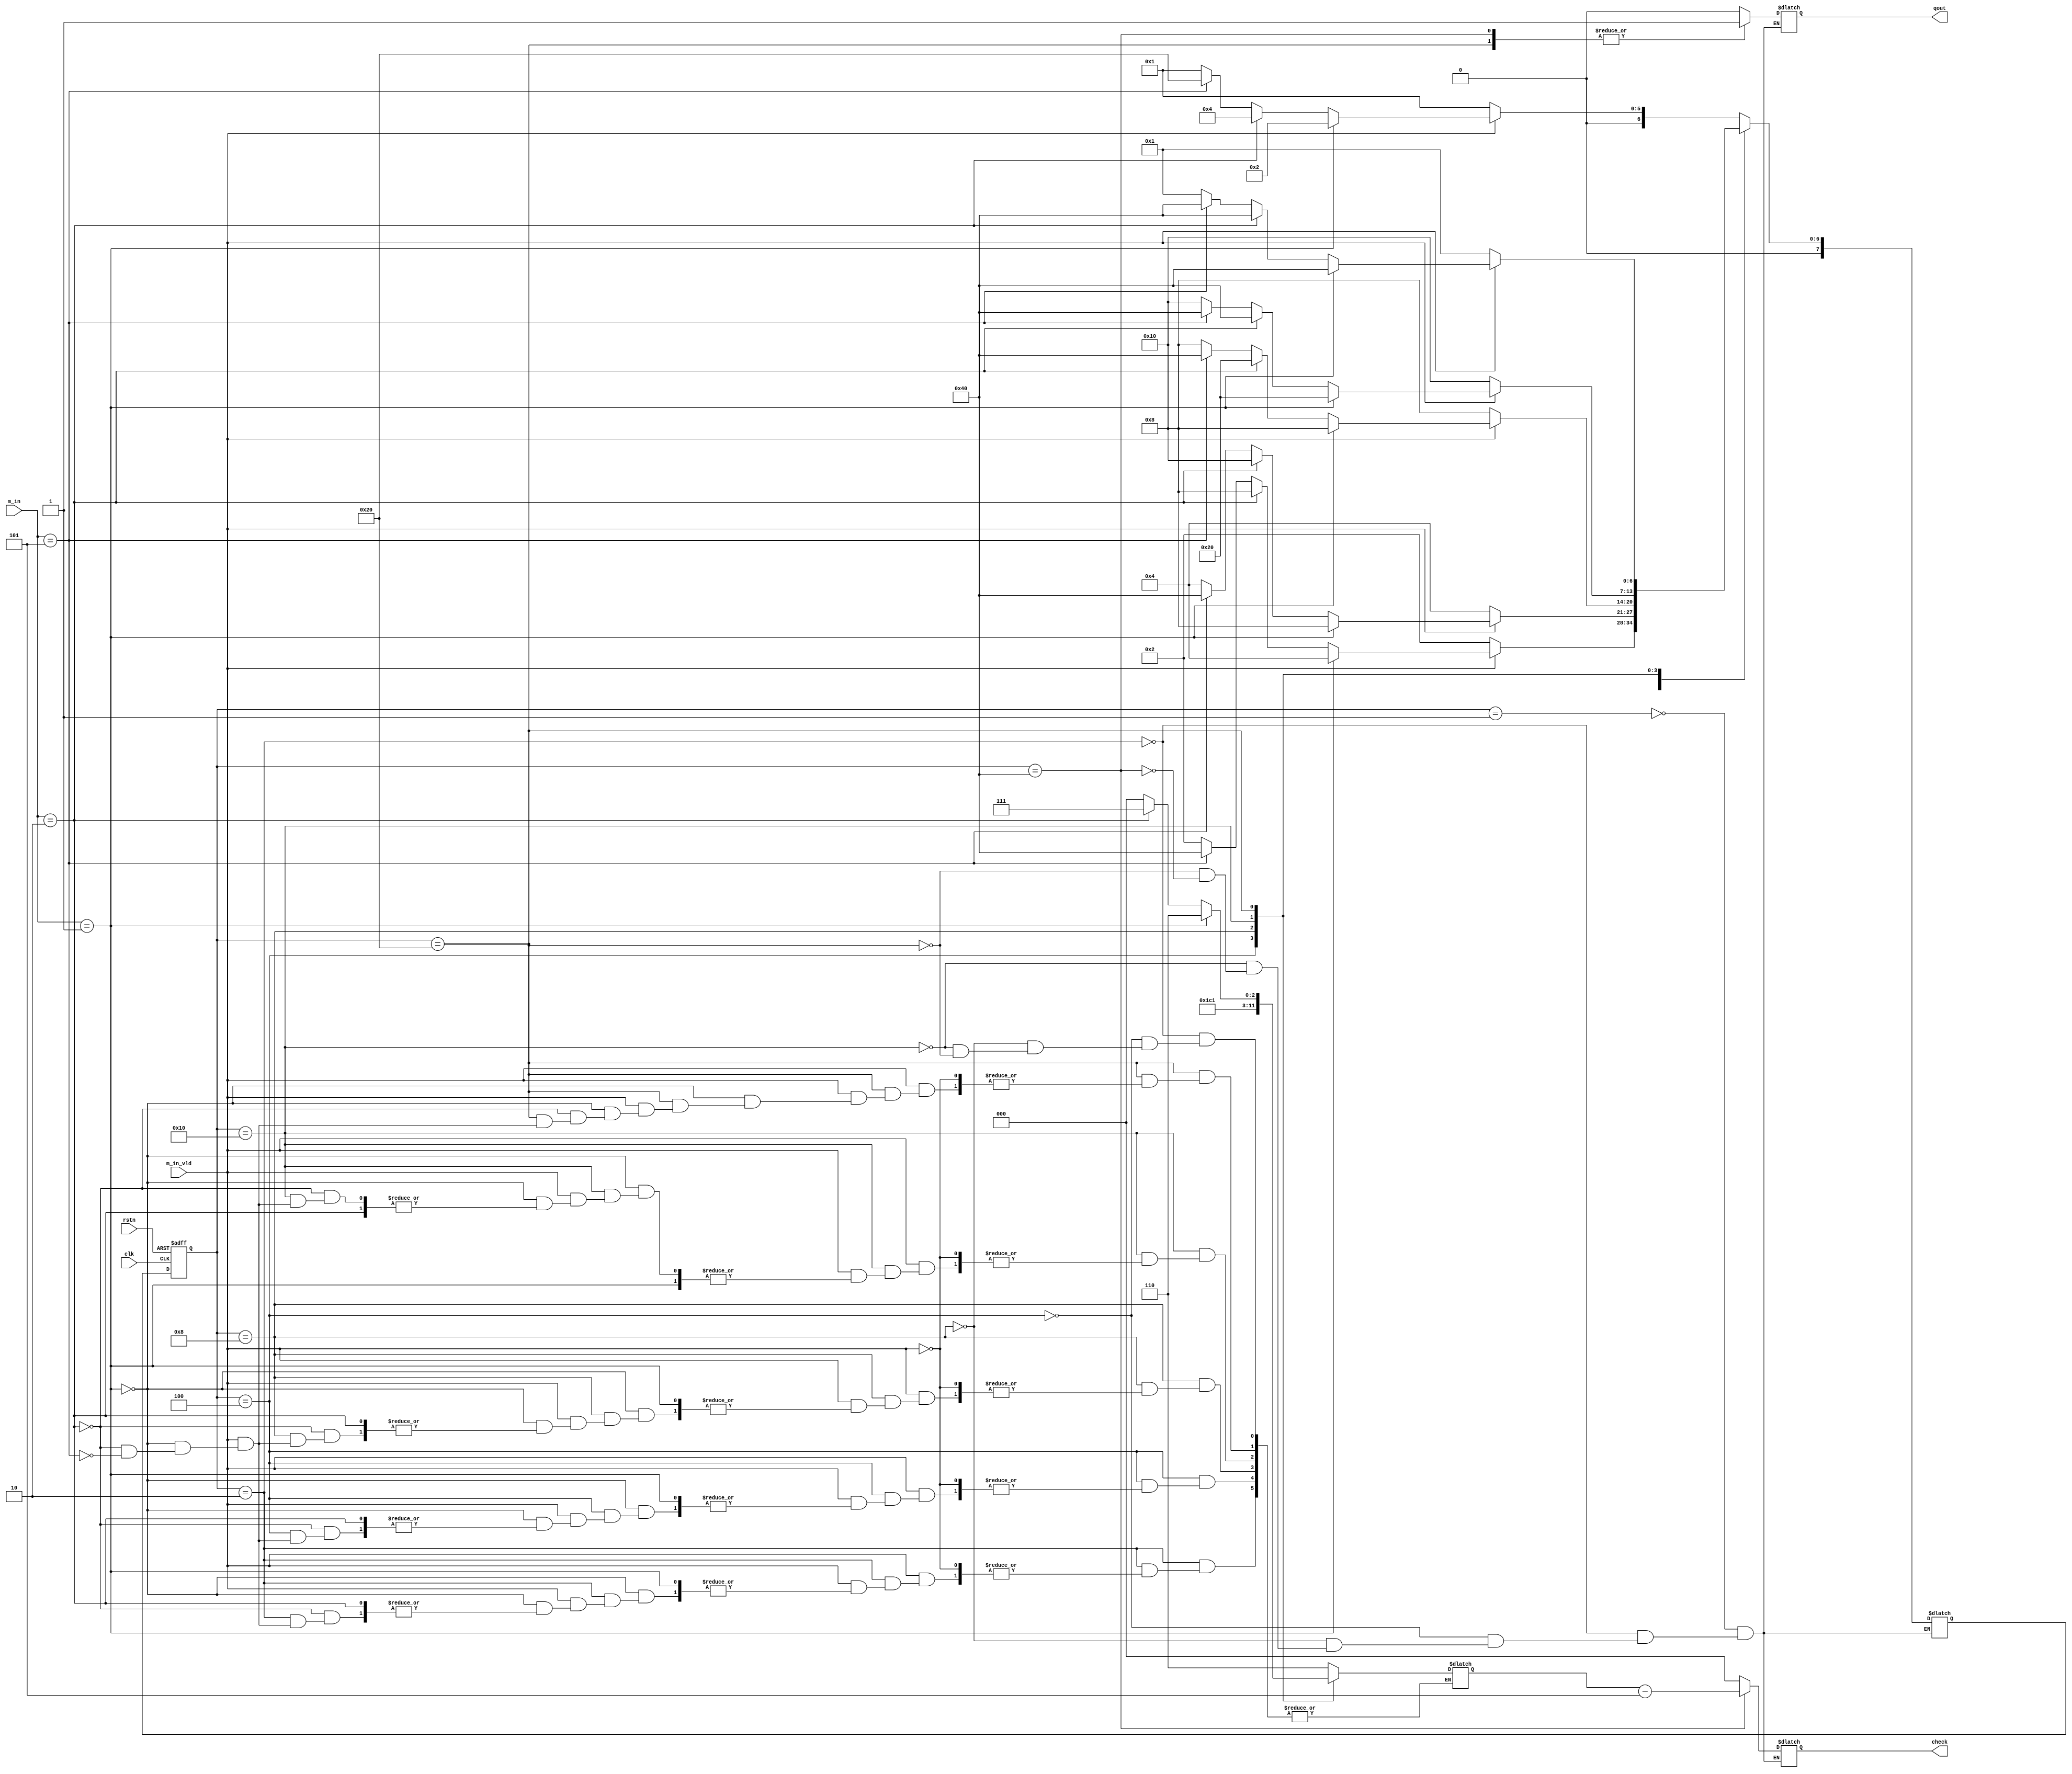
module   fsm_papsel(
	clk,
	rstn,
	m_in,
	m_in_vld,
	qout,
	check
);

	input		 						clk, rstn;
	input	[2:0]					m_in;  		//Ͷҵıֵ
	input								m_in_vld;   // 1b1ʾͶЧһclkЧʾһͶЧ
	output							qout;		  // 1b1 ʾ۳ֽ
	output	[2:0]				check;		  // һǮֵ	 	


	parameter IDLE=	8'b00000001;
	parameter M_1=	8'b00000010;	
	parameter M_2=	8'b00000100;	
	parameter M_3=	8'b00001000;	
	parameter M_4=	8'b00010000;	
	parameter M_5=	8'b00100000;	
	parameter CHECKOUT=8'b01000000;	

	reg qout;
	reg [2:0] check;
	reg [7:0] current_stat;
	reg [7:0] next_stat;
	reg [3:0] money;



	always @(posedge clk or negedge rstn) begin
		if (!rstn) begin
			current_stat=IDLE;
		end
		else  begin
			current_stat<=next_stat;
		end
	end

	always @(*)
	begin
		case(current_stat)
		IDLE:
			begin
				if(m_in_vld)
				begin
					if(m_in==3'h1)
						next_stat=M_1;
					else if(m_in==3'h2)
						next_stat=M_2;
					else if(m_in==3'h5)
						next_stat=M_5;
					else
						next_stat=IDLE;
				end
				else if(m_in_vld==1'b0)
				begin
					next_stat=IDLE;
				end
			end
		M_1:
			begin
				if(m_in_vld)
				begin
					if(m_in==3'h1)
						next_stat=M_2;
					else if(m_in==3'h2)
						next_stat=M_3;
					else if(m_in==3'h5)
					begin
						next_stat=CHECKOUT;
						money=4'h6;
					end
					else
						next_stat=M_1;
				end
				else if(m_in_vld==1'b0)
				begin
					next_stat=M_1;
				end
			end	
		M_2:
			begin
				if(m_in_vld)
				begin
					if(m_in==3'h1)
						next_stat=M_3;
					else if(m_in==3'h2)
						next_stat=M_4;
					else if(m_in==3'h5)
					begin
						next_stat=CHECKOUT;
						money=4'h7;
					end
					else
						next_stat=M_2;
				end
				else if(m_in_vld==1'b0)
				begin
					next_stat=M_2;
				end
			end		
		M_3:
			begin
				if(m_in_vld)
				begin
					if(m_in==3'h1)
						next_stat=M_4;
					else if(m_in==3'h2)
						next_stat=M_5;
					else if(m_in==3'h5)
					begin
						next_stat=CHECKOUT;
						money=4'h8;
					end
					else
						next_stat=M_3;
				end
				else if(m_in_vld==1'b0)
				begin
					next_stat=M_3;
				end
			end	
		M_4:
			begin
				if(m_in_vld)
				begin
					if(m_in==3'h1)
						next_stat=M_5;
					else if(m_in==3'h2)
						next_stat=CHECKOUT;
					else if(m_in==3'h5)
					begin
						next_stat=CHECKOUT;
						money=4'h9;
					end
					else
						next_stat=M_4;
				end
				else if(m_in_vld==1'b0)
				begin
					next_stat=M_4;
				end
			end		
		M_5:
			begin
				if(m_in_vld)
				begin
					if(m_in==3'h1)
					begin
						next_stat=CHECKOUT;
						money=4'h6;
					end
					else if(m_in==3'h2)
					begin
						next_stat=CHECKOUT;
						money=4'h7;
					end
					else if(m_in==3'h5)
					begin
						next_stat=CHECKOUT;
						money=4'h10;
					end
					else
						next_stat=IDLE;
				end
				else if(m_in_vld==1'b0)
				begin
					next_stat=IDLE;
				end
			end	
		CHECKOUT:
			begin
				if(m_in_vld)
				begin
					if(m_in==3'h1)
						next_stat=M_1;
					else if(m_in==3'h2)
						next_stat=M_2;
					else if(m_in==3'h5)
						next_stat=M_5;
					else
						next_stat=IDLE;
				end
				else if(m_in_vld==1'b0)
				begin
					next_stat=IDLE;
				end
			end	
		endcase
	end

	always @(*)
	begin
		case(current_stat)
			IDLE:
				begin
					qout=1'b0;
					check=3'h0;
				end

			M_1:
				begin
					qout=1'b0;
					check=3'h0;
				end

			M_2:
				begin
					qout=1'b0;
					check=3'h0;
				end

			M_3:
				begin
					qout=1'b0;
					check=3'h0;
				end
			M_4:
				begin
					qout=1'b0;
					check=3'h0;
				end
			M_5:
				begin
					qout=1'b1;
					check=3'h0;
				end
			CHECKOUT:
				begin
					qout=1'b1;
					check=money-4'h5;

				end
		endcase
	end

endmodule